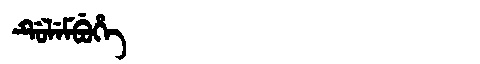
Manchu: ᡩᡠᠯᡝᠮᠪᡠᡥᡝ
Romanization: DULEMBUHE